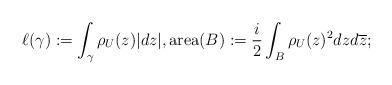
LaTeX: \begin{align*}\ell(\gamma) := \int_\gamma \rho_U(z) |dz|, \operatorname{area}(B) := \frac{i}{2} \int_B \rho_U(z)^2 dz d\overline{z};\end{align*}